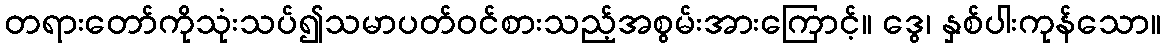
တရားတော်ကိုသုံးသပ်၍သမာပတ်ဝင်စားသည့်အစွမ်းအားကြောင့်။ ဒွေ၊ နှစ်ပါးကုန်သော။